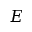
E